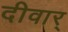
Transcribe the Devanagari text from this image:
दीवार्